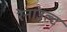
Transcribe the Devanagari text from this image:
रेनाउल्ट